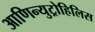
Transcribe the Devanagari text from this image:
आणिन्युट्रोहिलिस